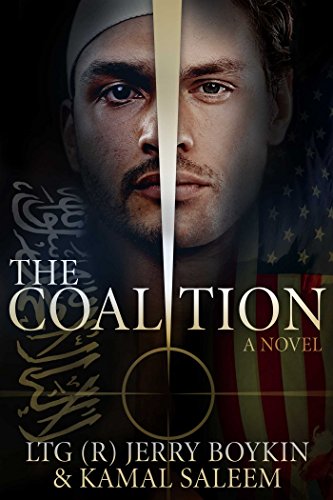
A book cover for The Coalition: A Novel; William G. Boykin; Mystery, Thriller & Suspense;